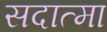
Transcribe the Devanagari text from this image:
सदात्मा